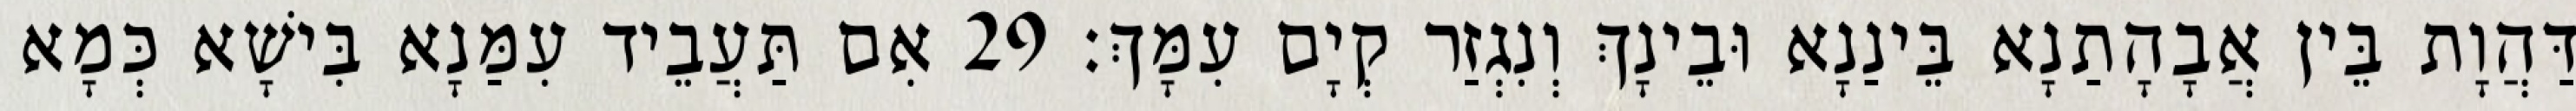
דַּהֲוָת בֵּין אֲבָהָתַנָא בֵּינַנָא וּבֵינָךְ וְנִגְזַר קְיָם עִמָּךְ׃ 29 אִם תַּעֲבֵיד עִמַּנָא בִּישָׁא כְּמָא